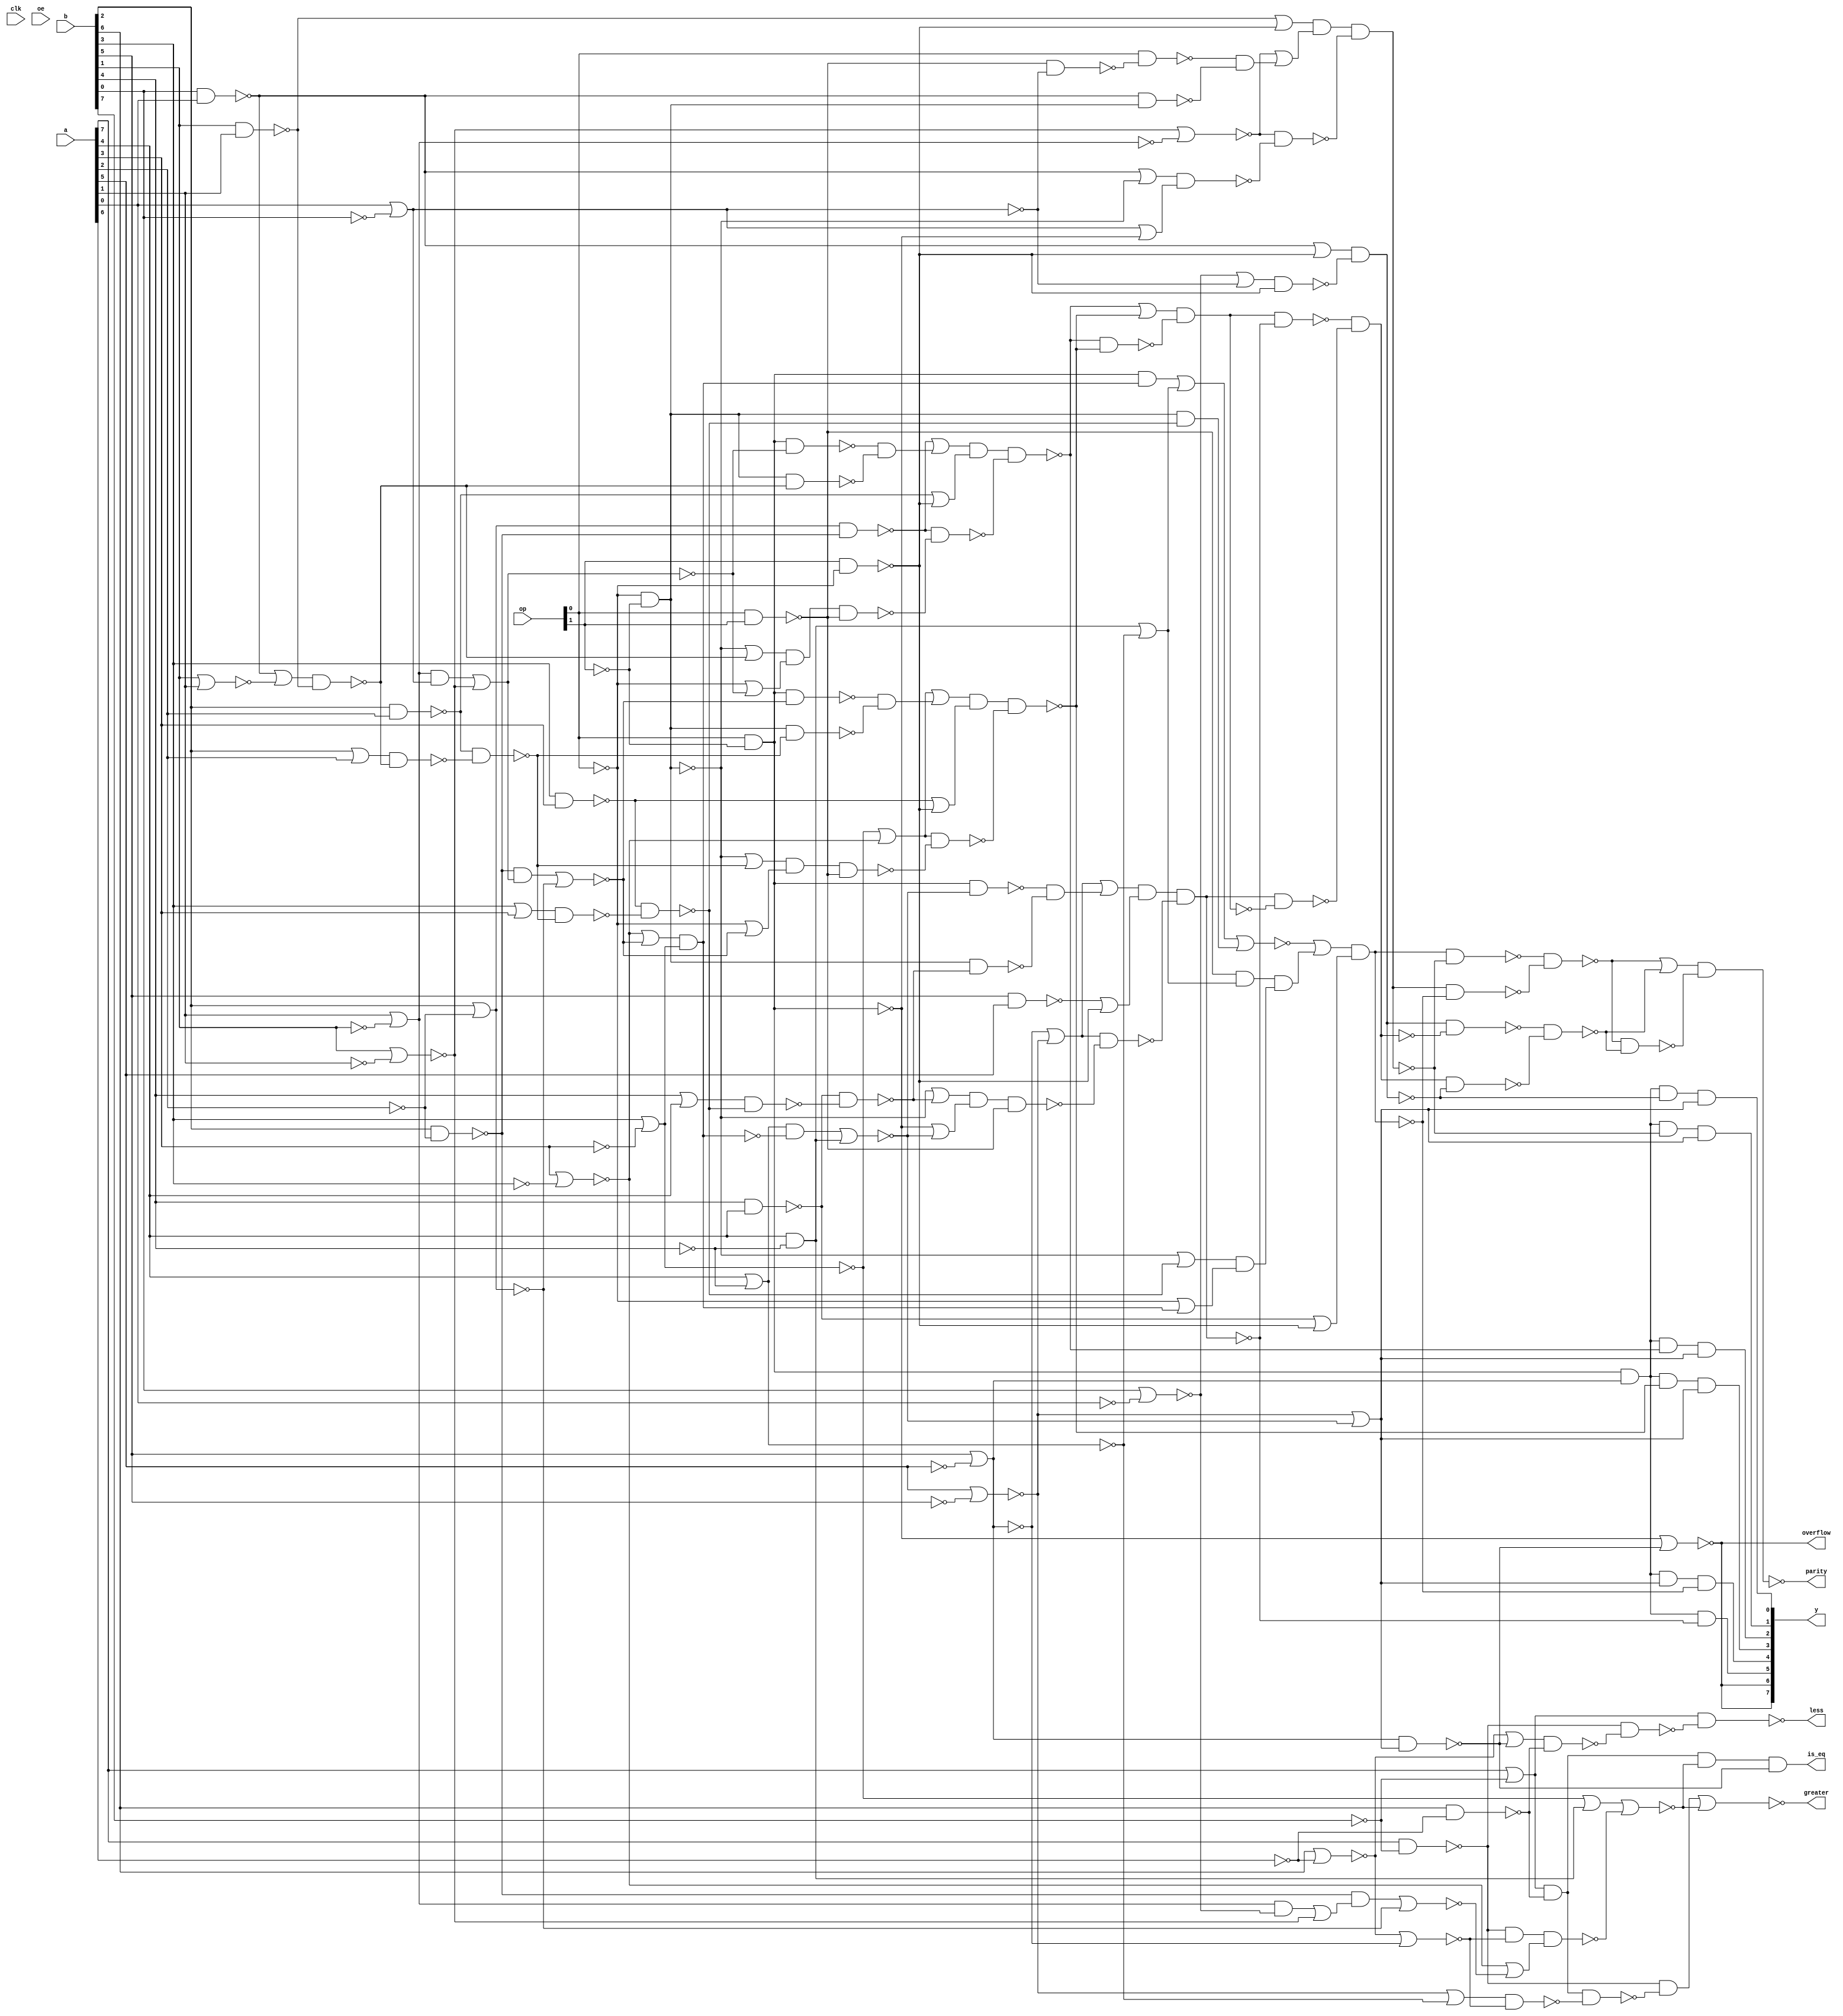

// Generated by Cadence Genus(TM) Synthesis Solution 19.20-d227_1
// Generated on: Jun 16 2021 02:29:30 PDT (Jun 16 2021 09:29:30 UTC)

// Verification Directory fv/top 

module top(clk, a, b, op, oe, y, parity, overflow, greater, is_eq,
     less);
  input clk, oe;
  input [7:0] a, b;
  input [1:0] op;
  output [7:0] y;
  output parity, overflow, greater, is_eq, less;
  wire clk, oe;
  wire [7:0] a, b;
  wire [1:0] op;
  wire [7:0] y;
  wire parity, overflow, greater, is_eq, less;
  wire n_0, n_1, n_2, n_3, n_4, n_5, n_6, n_7;
  wire n_8, n_9, n_10, n_11, n_12, n_13, n_14, n_15;
  wire n_16, n_17, n_18, n_20, n_21, n_22, n_23, n_24;
  wire n_25, n_26, n_27, n_28, n_29, n_30, n_31, n_32;
  wire n_33, n_34, n_35, n_36, n_37, n_38, n_39, n_40;
  wire n_41, n_42, n_43, n_44, n_45, n_46, n_47, n_48;
  wire n_49, n_50, n_51, n_52, n_53, n_54, n_55, n_56;
  wire n_57, n_58, n_59, n_60, n_61, n_62, n_63, n_64;
  wire n_65, n_66, n_67, n_68, n_69, n_70, n_71, n_72;
  wire n_73, n_74, n_75, n_76, n_77, n_78, n_79, n_80;
  wire n_81, n_82, n_83, n_84, n_85, n_86, n_87, n_88;
  wire n_89, n_90, n_91, n_92, n_93, n_94, n_95, n_96;
  wire n_97, n_98, n_99, n_100, n_102, n_103, n_104, n_105;
  wire n_106, n_107, n_108, n_109, n_110, n_111, n_113, n_114;
  wire n_115, n_116, n_117, n_118, n_119, n_120, n_121, n_273;
  wire n_274, n_275;
  wire w, w0, w1, w2;
  nand g6738 (n_121, w0, w2);
  nand g4 (w2, w1, n_90);
  not g1 (w1, n_118);
  nand g0 (w0, w, n_118);
  not g (w, n_90);
  and g6739 (n_119, op[0], n_14, n_113, n_117);
  wire w3, w4, w5, w6;
  nand g6740 (n_118, w4, w6);
  nand g8 (w6, w5, n_104);
  not g7 (w5, n_117);
  nand g6 (w4, w3, n_117);
  not g5 (w3, n_104);
  nand g6742 (n_116, n_105, n_275);
  wire w7, w8, w9, w10;
  nand g6741 (n_120, w8, w10);
  nand g12 (w10, w9, n_114);
  not g11 (w9, n_92);
  nand g10 (w8, w7, n_92);
  not g9 (w7, n_114);
  and g6743 (n_115, n_96, n_113, n_98, n_114);
  wire w11, w12;
  nand g6745 (n_117, w11, w12, n_103);
  or g14 (w12, n_8, n_110);
  or g13 (w11, n_102, n_84);
  not g6753 (n_111, n_108);
  wire w13, w14;
  nand g6752 (n_114, w13, w14);
  or g16 (w14, n_70, n_110);
  or g15 (w13, n_80, n_89);
  not g6755 (n_109, n_108);
  not g6754 (n_107, n_108);
  and g6751 (n_106, n_44, n_105, n_72, n_100);
  wire w15;
  nand g6759 (n_104, w15, n_88);
  or g17 (w15, n_94, n_97);
  nand g6748 (n_103, n_102, n_87);
  or g6757 (n_108, n_85, n_100);
  and g6750 (n_99, n_96, n_113, n_97, n_98);
  and g6749 (n_95, n_96, n_113, n_94, n_98);
  and g6747 (n_93, n_96, n_113, n_92, n_98);
  and g6746 (n_91, n_96, n_113, n_90, n_98);
  and g6760 (n_89, n_86, n_79, n_81);
  nand g6761 (n_88, n_94, n_97);
  wire w16, w17;
  nand g6758 (n_87, w16, w17, n_86);
  or g19 (w17, n_85, n_83);
  or g18 (w16, n_75, n_82);
  nand g6764 (n_100, n_113, n_98);
  wire w18, w19;
  and g6763 (n_84, w18, w19);
  nand g21 (w19, n_78, n_82);
  nand g20 (w18, n_96, n_83);
  not g6771 (n_81, n_77);
  or g6765 (n_98, n_32, n_83);
  wire w20, w21;
  nor g6766 (n_80, w20, n_79, w21);
  and g23 (w21, n_78, n_76);
  and g22 (w20, n_96, n_74);
  wire w22, w23;
  nand g6768 (n_97, w22, w23, n_69);
  or g25 (w23, n_55, n_110);
  or g24 (w22, n_68, n_61);
  wire w24, w25;
  nand g6772 (n_77, w24, w25);
  or g27 (w25, n_64, n_74);
  or g26 (w24, n_75, n_76);
  wire w26;
  nor g6762 (n_73, w26, n_72);
  and g28 (w26, n_71, n_45);
  nand g6770 (n_82, n_70, n_66);
  nand g6769 (n_69, n_68, n_65);
  wire w27;
  nor g6773 (n_83, w27, n_67);
  and g29 (w27, n_17, n_63);
  nor g6767 (n_72, n_21, n_67, n_62);
  wire w28;
  nand g6774 (n_66, w28, n_76);
  or g30 (w28, b[4], a[4]);
  wire w29, w30;
  nand g6775 (n_65, w29, w30, n_86);
  or g32 (w30, n_64, n_60);
  or g31 (w29, n_75, n_59);
  not g6780 (n_74, n_63);
  wire w31, w32;
  nand g6777 (n_94, w31, w32, n_57);
  or g34 (w32, n_46, n_110);
  or g33 (w31, n_56, n_49);
  wire w33;
  nand g6776 (n_62, n_71, n_33, w33);
  or g35 (w33, n_58, n_52);
  wire w34, w35;
  and g6781 (n_61, w34, w35);
  nand g37 (w35, n_78, n_59);
  nand g36 (w34, n_96, n_60);
  wire w36;
  nand g6782 (n_63, w36, n_18);
  or g38 (w36, n_58, n_60);
  nand g6778 (n_57, n_56, n_53);
  nand g6779 (n_76, n_55, n_54);
  wire w37, w38;
  nand g6783 (n_92, w37, w38, n_43);
  or g40 (w38, n_42, n_39);
  or g39 (w37, n_23, n_110);
  wire w39;
  nand g6784 (n_54, w39, n_59);
  or g41 (w39, b[3], a[3]);
  wire w40, w41;
  nand g6785 (n_53, w40, w41, n_86);
  or g43 (w41, n_64, n_48);
  or g42 (w40, n_75, n_47);
  wire w42;
  nor g6786 (n_52, w42, n_51);
  and g44 (w42, n_50, n_40);
  wire w43;
  nor g6790 (n_60, w43, n_51);
  and g45 (w43, n_50, n_41);
  wire w44, w45;
  and g6789 (n_49, w44, w45);
  nand g47 (w45, n_78, n_47);
  nand g46 (w44, n_96, n_48);
  nand g6787 (n_59, n_46, n_29);
  nand g6788 (n_45, n_105, n_44, n_34);
  nand g6791 (n_43, n_42, n_31);
  not g6795 (n_41, n_48);
  wire w46;
  nand g6794 (n_90, w46, n_28);
  or g48 (w46, n_38, n_110);
  not g6799 (n_40, n_37);
  wire w47, w48;
  and g6793 (n_39, w47, w48);
  nand g50 (w48, n_38, n_78);
  nand g49 (w47, op[0], n_26);
  wire w49;
  nor g6800 (n_37, w49, n_36);
  and g51 (w49, n_35, n_27);
  wire w50;
  nor g6798 (n_48, w50, n_36);
  and g52 (w50, n_35, n_30);
  wire w51;
  nand g6801 (n_34, w51, n_33);
  or g53 (w51, n_32, n_20);
  wire w52, w53;
  nand g6802 (n_31, w52, w53);
  or g55 (w53, n_30, n_85);
  or g54 (w52, n_38, n_75);
  wire w54;
  nand g6792 (n_29, w54, n_47);
  or g56 (w54, b[2], a[2]);
  wire w55;
  nand g6796 (n_28, w55, n_110);
  or g57 (w55, n_27, n_25);
  nand g6806 (n_56, n_16, n_50);
  nand g6803 (n_26, n_86, n_25);
  nor g6804 (n_33, n_24, n_22);
  wire w56;
  nand g6797 (n_47, w56, n_23);
  or g58 (w56, n_38, n_9);
  or g6808 (n_102, n_22, n_32);
  or g6807 (n_68, n_21, n_58);
  or g6805 (n_79, n_67, n_20);
  nor g6809 (n_42, n_36, n_15);
  not g6810 (n_18, n_21);
  not g6831 (n_78, n_75);
  not g6830 (n_96, n_85);
  not g6811 (n_17, n_20);
  not g6813 (n_16, n_51);
  not g6812 (n_35, n_15);
  not g6815 (n_30, n_25);
  not g6814 (n_113, n_22);
  nor g6816 (n_27, b[0], n_2);
  nor g6817 (n_24, b[6], n_13);
  nor g6828 (n_25, a[0], n_5);
  nor g6827 (n_22, b[5], n_6);
  nor g6821 (n_20, a[4], n_12);
  nand g6823 (n_71, a[7], n_10);
  nand g6818 (n_50, b[2], n_11);
  nand g6844 (n_85, op[0], n_14);
  nand g6845 (n_75, n_64, n_14);
  nor g6824 (n_15, a[1], n_1);
  nand g6838 (n_44, b[6], n_13);
  nor g6825 (n_32, a[5], n_4);
  and g6839 (n_67, a[4], n_12);
  nor g6819 (n_21, b[3], n_3);
  nor g6822 (n_36, b[1], n_7);
  nor g6826 (n_51, b[2], n_11);
  nor g6820 (n_58, a[3], n_0);
  or g6840 (n_105, a[7], n_10);
  nand g6843 (n_110, op[1], n_64);
  nor g6832 (n_9, b[1], a[1]);
  nand g6837 (n_55, b[3], a[3]);
  nand g6835 (n_46, b[2], a[2]);
  nand g6842 (n_86, op[0], op[1]);
  nand g6833 (n_8, b[5], a[5]);
  nand g6834 (n_23, b[1], a[1]);
  nand g6836 (n_70, b[4], a[4]);
  nand g6841 (n_38, b[0], a[0]);
  not g6857 (n_7, a[1]);
  not g6848 (n_6, a[5]);
  not g6854 (n_5, b[0]);
  not g6855 (n_4, b[5]);
  not g6846 (n_13, a[6]);
  not g6851 (n_12, b[4]);
  not g6856 (n_14, op[1]);
  not g6850 (n_3, a[3]);
  not g6847 (n_2, a[0]);
  not g6849 (n_1, b[1]);
  not g6858 (n_0, b[3]);
  not g6853 (n_10, b[7]);
  not g6859 (n_11, a[2]);
  not g6852 (n_64, op[0]);
  assign greater = n_73;
  assign y[5] = n_119;
  assign is_eq = n_106;
  assign y[0] = n_91;
  assign y[4] = n_115;
  assign y[2] = n_95;
  assign y[3] = n_99;
  assign y[1] = n_93;
  assign less = n_116;
  assign parity = n_273;
  assign y[6] = n_109;
  assign y[7] = n_111;
  assign overflow = n_107;
  wire w57, w58;
  nand g2 (n_273, w57, w58);
  nand g60 (w58, n_120, n_121);
  or g59 (w57, n_120, n_121);
  nand g6976 (n_275, n_71, n_274);
  wire w59;
  nand g3 (n_274, w59, n_44);
  or g61 (w59, n_24, n_100);
endmodule